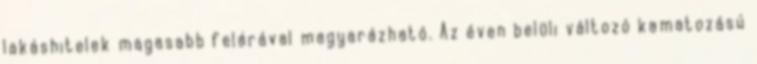
lakáshitelek magasabb felárával magyarázható. Az éven belüli változó kamatozású